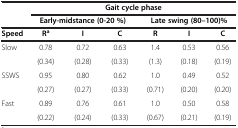
<table><thead><tr><td rowspan="2"><b> </b></td><td colspan="6"><b>Gait cycle phase</b></td></tr><tr><td colspan="3"><b>Early-midstance (0-20 %)</b></td><td colspan="3"><b>Late swing (80–100)%</b></td></tr></thead><tbody><tr><td><b>Speed</b></td><td><b>R</b><sup><b>a</b></sup></td><td><b>I</b></td><td><b>C</b></td><td><b>R</b></td><td><b>I</b></td><td><b>C</b></td></tr><tr><td rowspan="2">Slow</td><td>0.78</td><td>0.72</td><td>0.63</td><td>1.4</td><td>0.53</td><td>0.56</td></tr><tr><td>(0.34)</td><td>(0.28)</td><td>(0.33)</td><td>(1.3)</td><td>(0.18)</td><td>(0.19)</td></tr><tr><td rowspan="2">SSWS</td><td>0.95</td><td>0.80</td><td>0.62</td><td>1.0</td><td>0.49</td><td>0.52</td></tr><tr><td>(0.27)</td><td>(0.27)</td><td>(0.33)</td><td>(0.71)</td><td>(0.20)</td><td>(0.20)</td></tr><tr><td rowspan="2">Fast</td><td>0.89</td><td>0.76</td><td>0.61</td><td>1.0</td><td>0.50</td><td>0.58</td></tr><tr><td>(0.22)</td><td>(0.24)</td><td>(0.33)</td><td>(0.67)</td><td>(0.21)</td><td>(0.19)</td></tr></tbody></table>